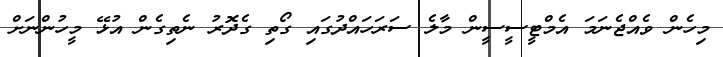
މިހެން ވެއްޖެނަމަ އެމްޓީސީސީން މާލެ ސަރަހައްދުގައި ގޯތި ގެދޮރު ނެތިގެން އުޅޭ މީހުންނަށް